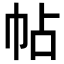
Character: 帖